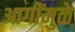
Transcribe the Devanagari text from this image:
आगींमुळे